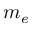
m _ { e }